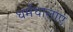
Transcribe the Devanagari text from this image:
धर्मधालाएं